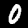
Label: 0